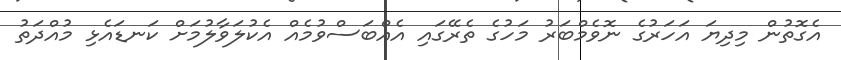
އެގޮތުން މިދިޔަ އަހަރުގެ ނޮވެމްބަރު މަހުގެ ތެރޭގައި އެއްބަސްވުމެއް އެކުލަވާލުމަށް ކަނޑައެޅި މުއްދަތު